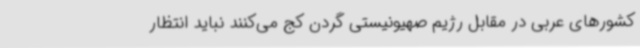
کشورهای عربی در مقابل رژیم صهیونیستی گردن کج می‌کنند نباید انتظار